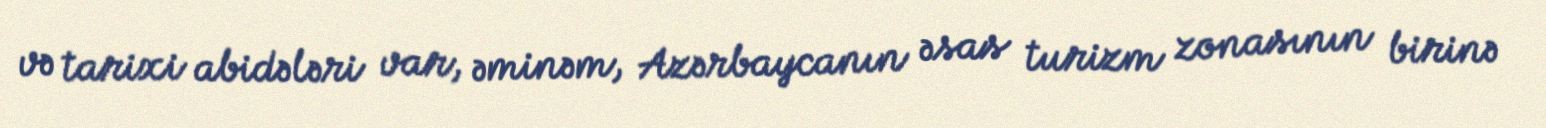
və tarixi abidələri var, əminəm, Azərbaycanın əsas turizm zonasının birinə